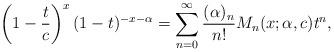
LaTeX: \begin{align*}\left(1-\frac{t}{c}\right)^{x}(1-t)^{-x-\alpha}=\sum_{n=0}^\infty\frac{(\alpha)_n}{n!}M_n(x;\alpha,c)t^n,\end{align*}